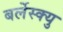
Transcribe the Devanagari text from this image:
बर्लेस्क्यु